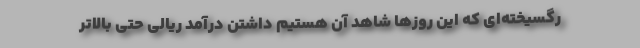
رگسیخته‌ای که این روزها شاهد آن هستیم داشتن درآمد ریالی حتی بالاتر